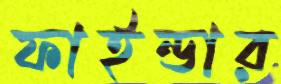
ফাইন্ডার